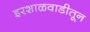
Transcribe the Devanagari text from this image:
इरशाळवाडीतून